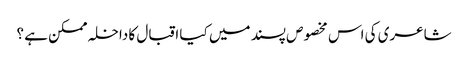
شاعری کی اس مخصوص پسند میں کیا اقبال کا داخلہ ممکن ہے ؟